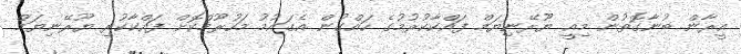
އީރާން ބުނާގޮތުން މިއީ ޔޫރޭނިޔަމް ފައްކާކުރުމުގެ ހައްގުން އެގައުމު މަހުރޫމްކޮށް ފައްކާކުރި ޔޫރޭނިޔަމް